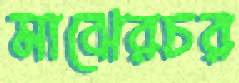
মাঝেরচর